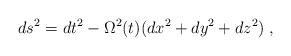
LaTeX: \begin{align*}ds^2=dt^2-\Omega^2(t)(dx^2+dy^2+dz^2)\;,\end{align*}